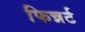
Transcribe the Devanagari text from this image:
फिन्नर्ट